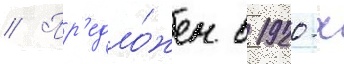
// Пр'едло́жен в 1920-х